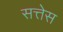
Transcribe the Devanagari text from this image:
सत्तेस